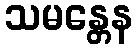
သမန္တေန